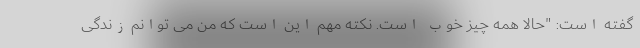
گفته است: "حالا همه چیز خوب است. نکته مهم این است که من می توانم زندگی